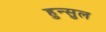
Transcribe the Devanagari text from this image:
हुन्सुल